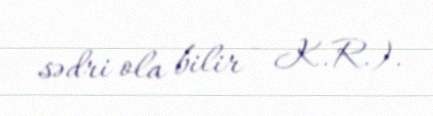
sədri ola bilir - K.R.).